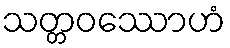
သတ္တဝဿောဟံ